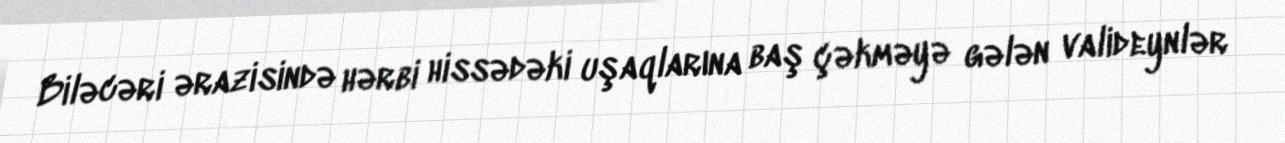
Biləcəri ərazisində hərbi hissədəki uşaqlarına baş çəkməyə gələn valideynlər